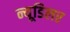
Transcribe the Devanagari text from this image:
न्यूडिलर